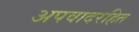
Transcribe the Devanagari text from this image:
अपवादरहित